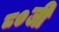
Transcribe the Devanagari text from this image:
८०जी